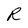
Character: R